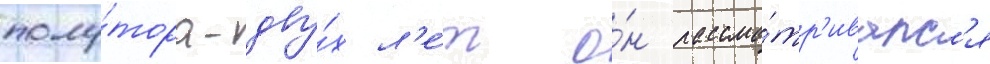
полу́тора-дву́х л'е́т о́н рассма́тр'ивалс'я